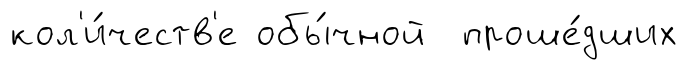
кол'и́честв'е обы́чной проше́дших